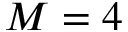
M = 4